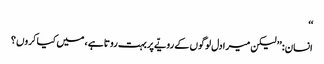
‘‘
انسان: ’’ لیکن میرا دل لوگوں کے رویّے پربہت روتا ہے ، میں کیا کروں ؟